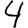
Digit: 4